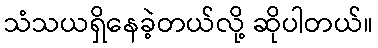
သံသယရှိနေခဲ့တယ်လို့ ဆိုပါတယ်။